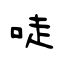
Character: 唗